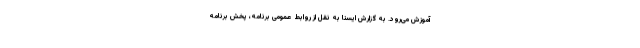
آموزش می‌رود. به گزارش ایسنا به نقل از روابط عمومی برنامه، پخش برنامه